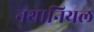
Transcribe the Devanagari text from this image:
नथानियल